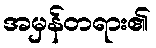
အမှန်တရား၏